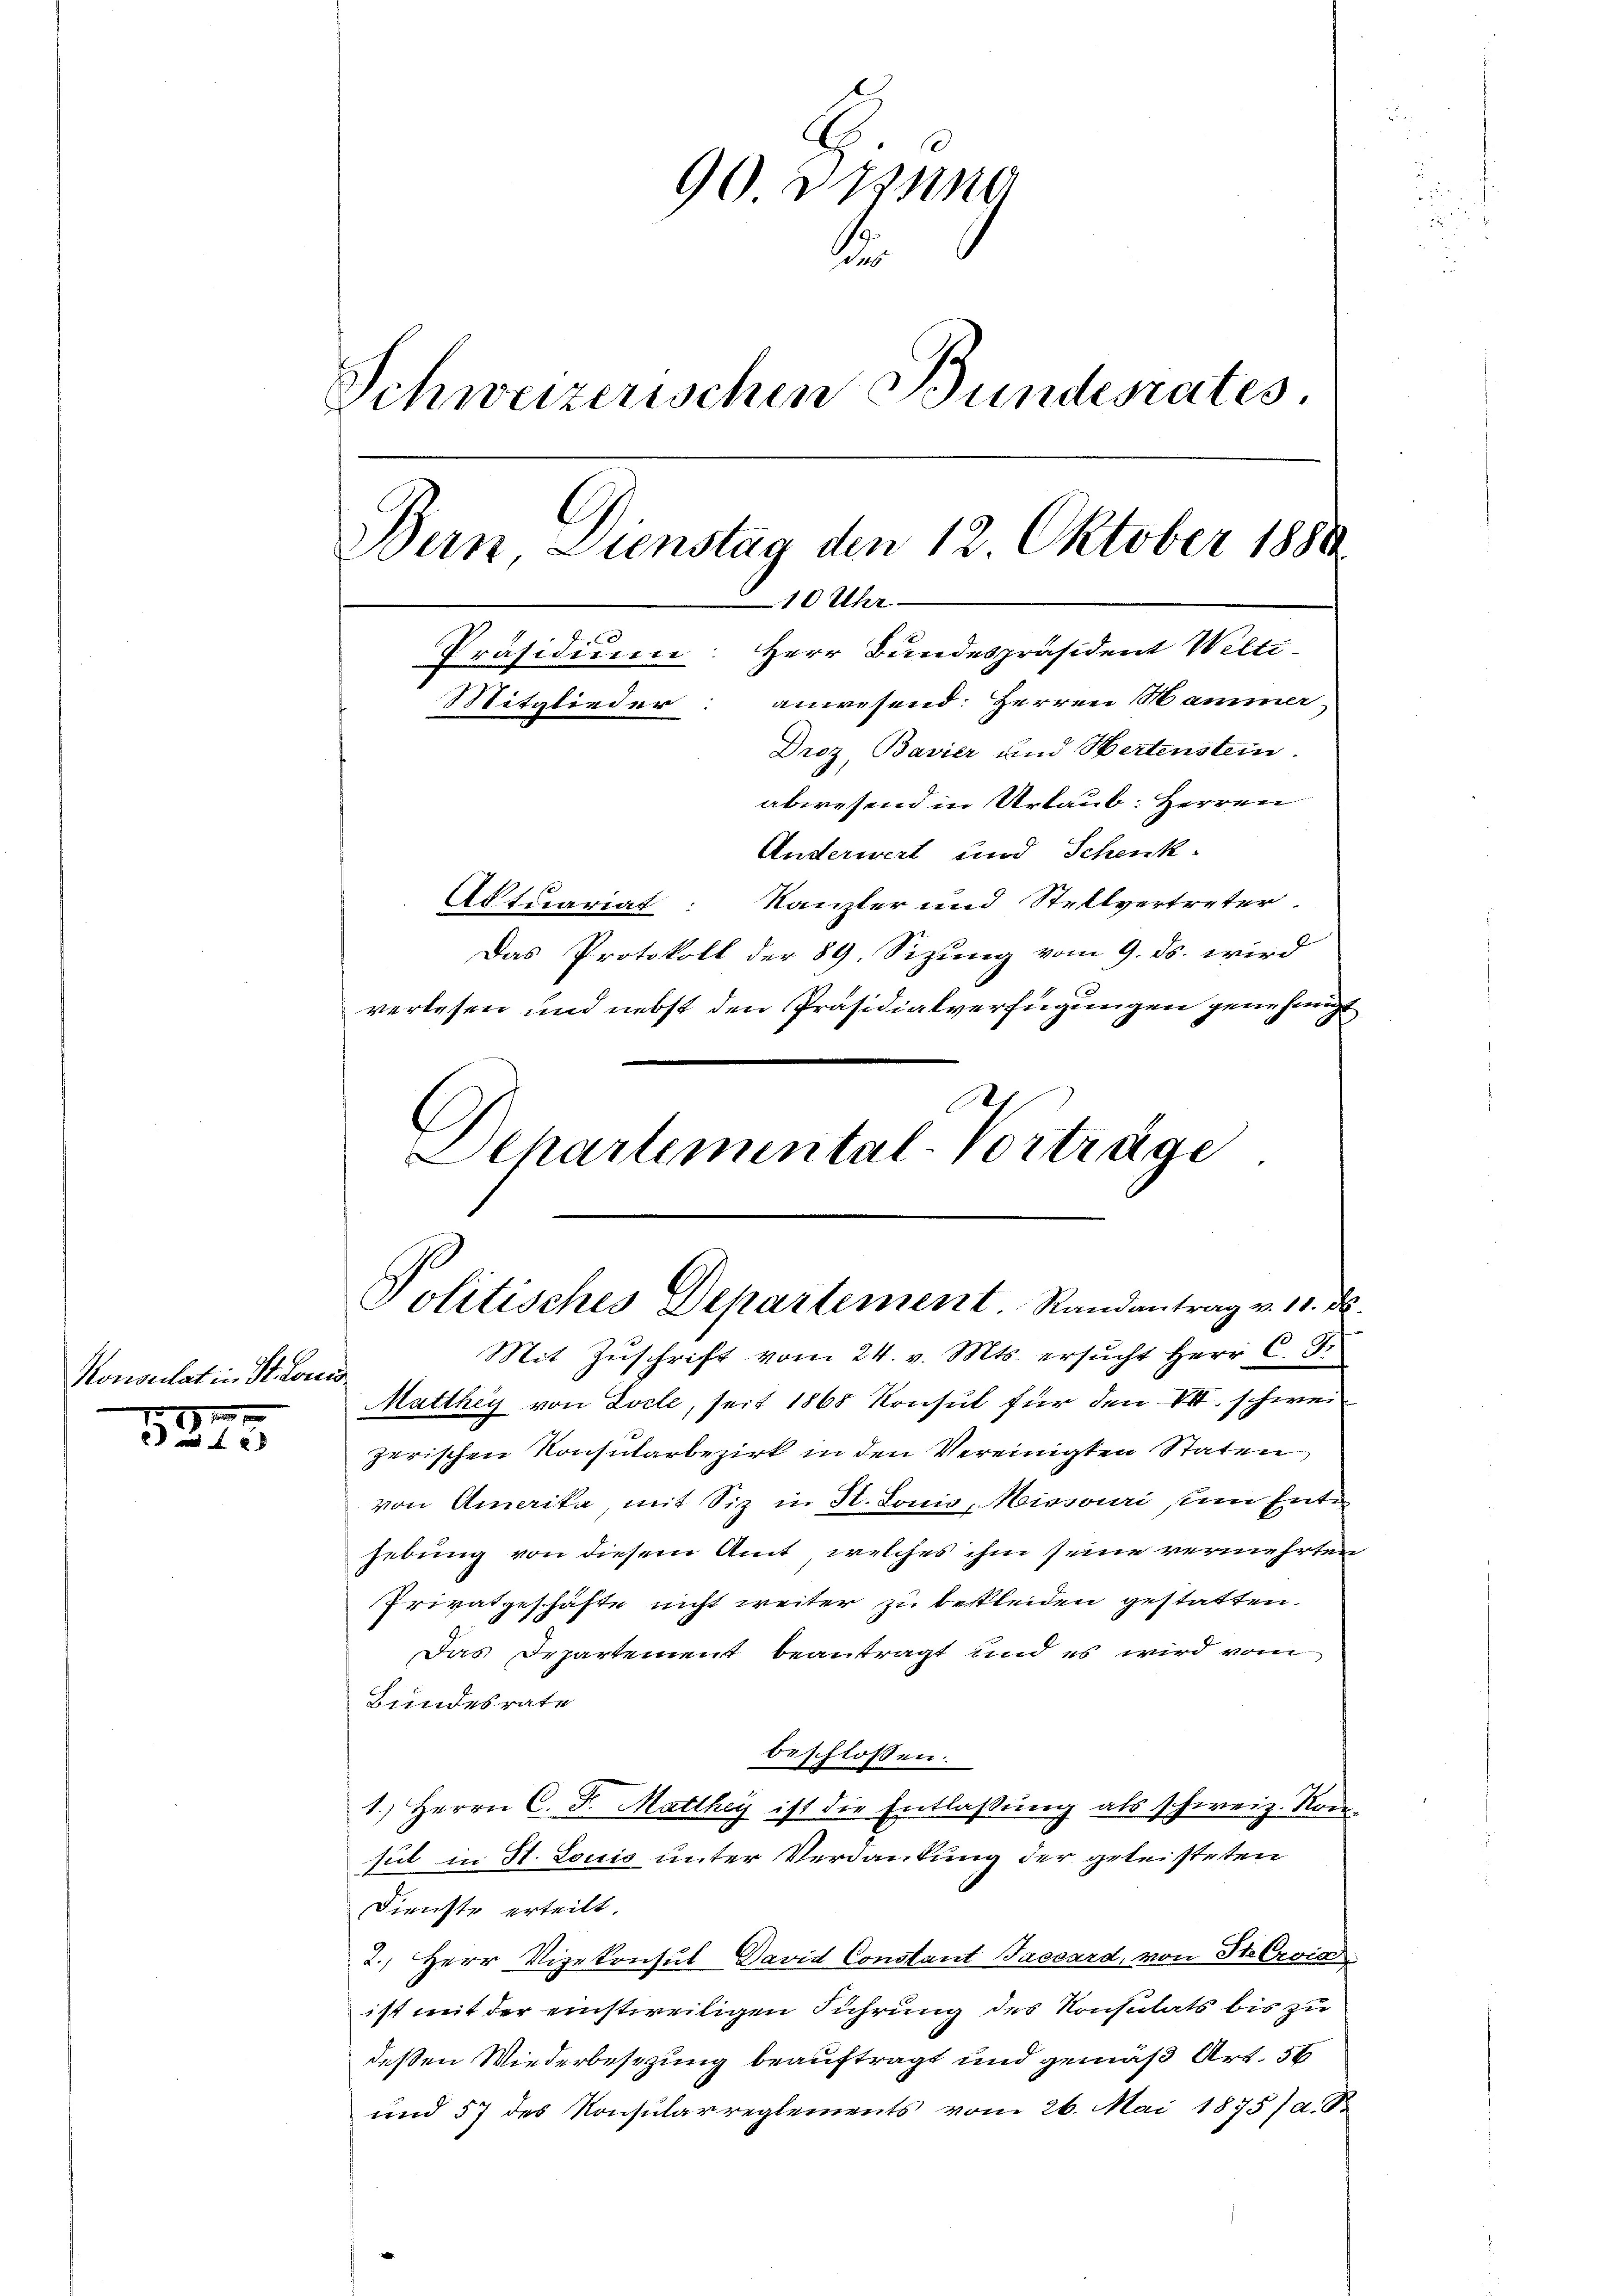
Konsulat in St. Loren.
7 x 1

f 28

90 desna
Schweizerischen Bundesrates.
Bern, Dienstag den 12. Oktober 1880
10 Uhr.
Präsidium: Herr Bundespräsident Welti-
anwesend: Herren Mammer
Mitglieder
Droz, Bavier und Hertenstein.

abwesend in Urlaub: Herren
Anderwert und Schenk.
Kanzler und Stellvertreter.
Aktuariat
Das Protokoll der 89. Sizung vom 9. ds. wird
verlesen und nebst den Präsidialverfügungen genehmigt
Mit Zŭschrift vom 24. v. Mts. ersŭcht Herr C. F.
Matthey von Locle, seit 1868 Konsul für den VII. schweizerischen Konsularbezirk in den Vereinigten Staten
von Amerika, mit Siz in St. Louis, Missouri ein Entgebung von diesem Amt, welches ihm seine vermehrten
Privatgeschäfte nicht weiter zu bekleiden gestatten.
Das Departement beantragt und es wird vom
Bundesrate
beschlossen:
1.) Herrn C. F. Matthey ist die Entlaßung als schweiz. Kon-
sul in St. Louis unter Verdankung der geleisteten
Dienste erteilt.
2.) Herr Vizekonsul-David Constant Bassard, von St. Croi
ist mit der einstweiligen Führung des Konsulats bis zu
deßen Wiederbesezung beauftragt und gemäß Art. 56
und 57 des Konsularreglements vom 26. Mai 1875 (a. S

.
Departemental-Vorträge
Politisches Departement. Randantrag v. 11. ds.